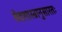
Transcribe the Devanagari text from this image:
वेदशास्त्रानुसारतः